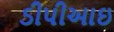
ડીપીઆઇ